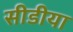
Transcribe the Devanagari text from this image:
सीडीया